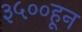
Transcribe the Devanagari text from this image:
३५००हून